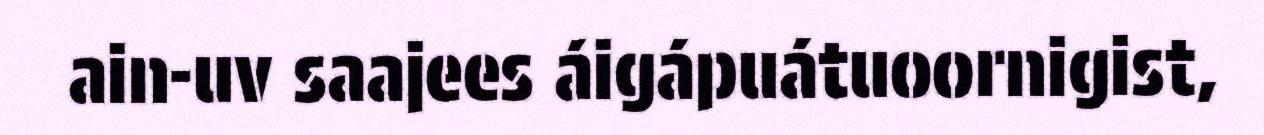
ain-uv saajees áigápuátuoornigist,